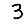
Digit: 3